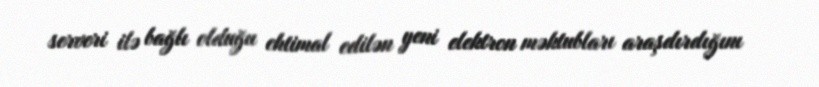
serveri ilə bağlı olduğu ehtimal edilən yeni elektron məktubları araşdırdığını